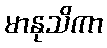
မာနုသိကာ